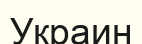
Украин